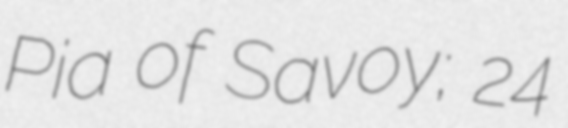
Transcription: Pia of Savoy; 24